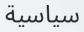
سياسية